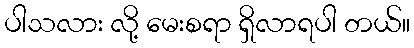
ပါသလား လို့ မေးစရာ ရှိလာရပါ တယ်။